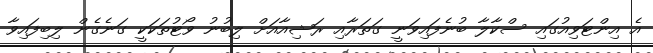
އެ އިންޓަވިއުގައި ސްކާލާ ބުނެފައިވަނީ ގަތަރާއި ރަޝިއާއަށް ލިބުނު ވޯޓުތަކަކީ ގަނެގެން ލިބިފައިވާ